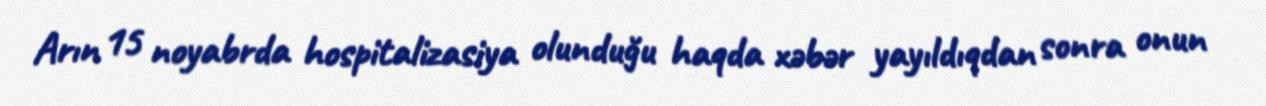
Arın 15 noyabrda hospitalizasiya olunduğu haqda xəbər yayıldıqdan sonra onun